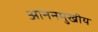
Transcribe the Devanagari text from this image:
आननमुखीय